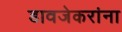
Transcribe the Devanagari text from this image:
डावजेकरांना